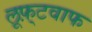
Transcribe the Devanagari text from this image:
लूफ़्टवाफ